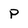
Character: P